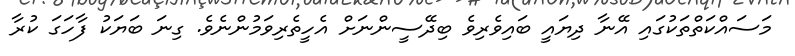
މަސައްކަތްތަކުގައި އޭނާ ދިޔައީ ބައިވެރިވެ ބިދޭސީންނަށް އެހީތެރިވަމުންނެވެ. ގިނަ ބަޔަކު ފާހަގަ ކުރާ